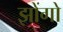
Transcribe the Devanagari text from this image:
झोंगो